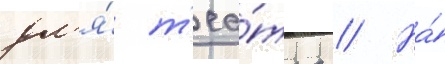
дл'я́ т'еа́тра // На́